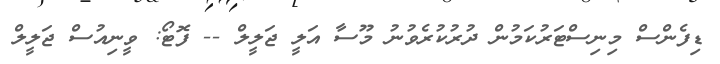
ޑިފެންސް މިނިސްޓަރުކަމުން ދުރުކުރެވުނު މޫސާ އަލީ ޖަލީލް -- ފޮޓޯ: ވީނިއުސް ޖަލީލް